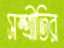
সম্প্রীতির